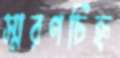
স্মরণচিহ্ন